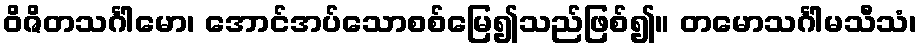
ဝိဇိတသင်္ဂါမော၊ အောင်အပ်သောစစ်မြေ၍သည်ဖြစ်၍။ တမောသင်္ဂါမသီသံ၊